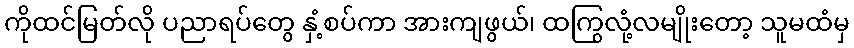
ကိုထင်မြတ်လို ပညာရပ်တွေ နှံ့စပ်ကာ အားကျဖွယ်၊ ထကြွလုံ့လမျိုးတော့ သူမထံမှ